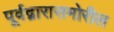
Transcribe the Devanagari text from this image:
पूर्वद्वारासमोरील